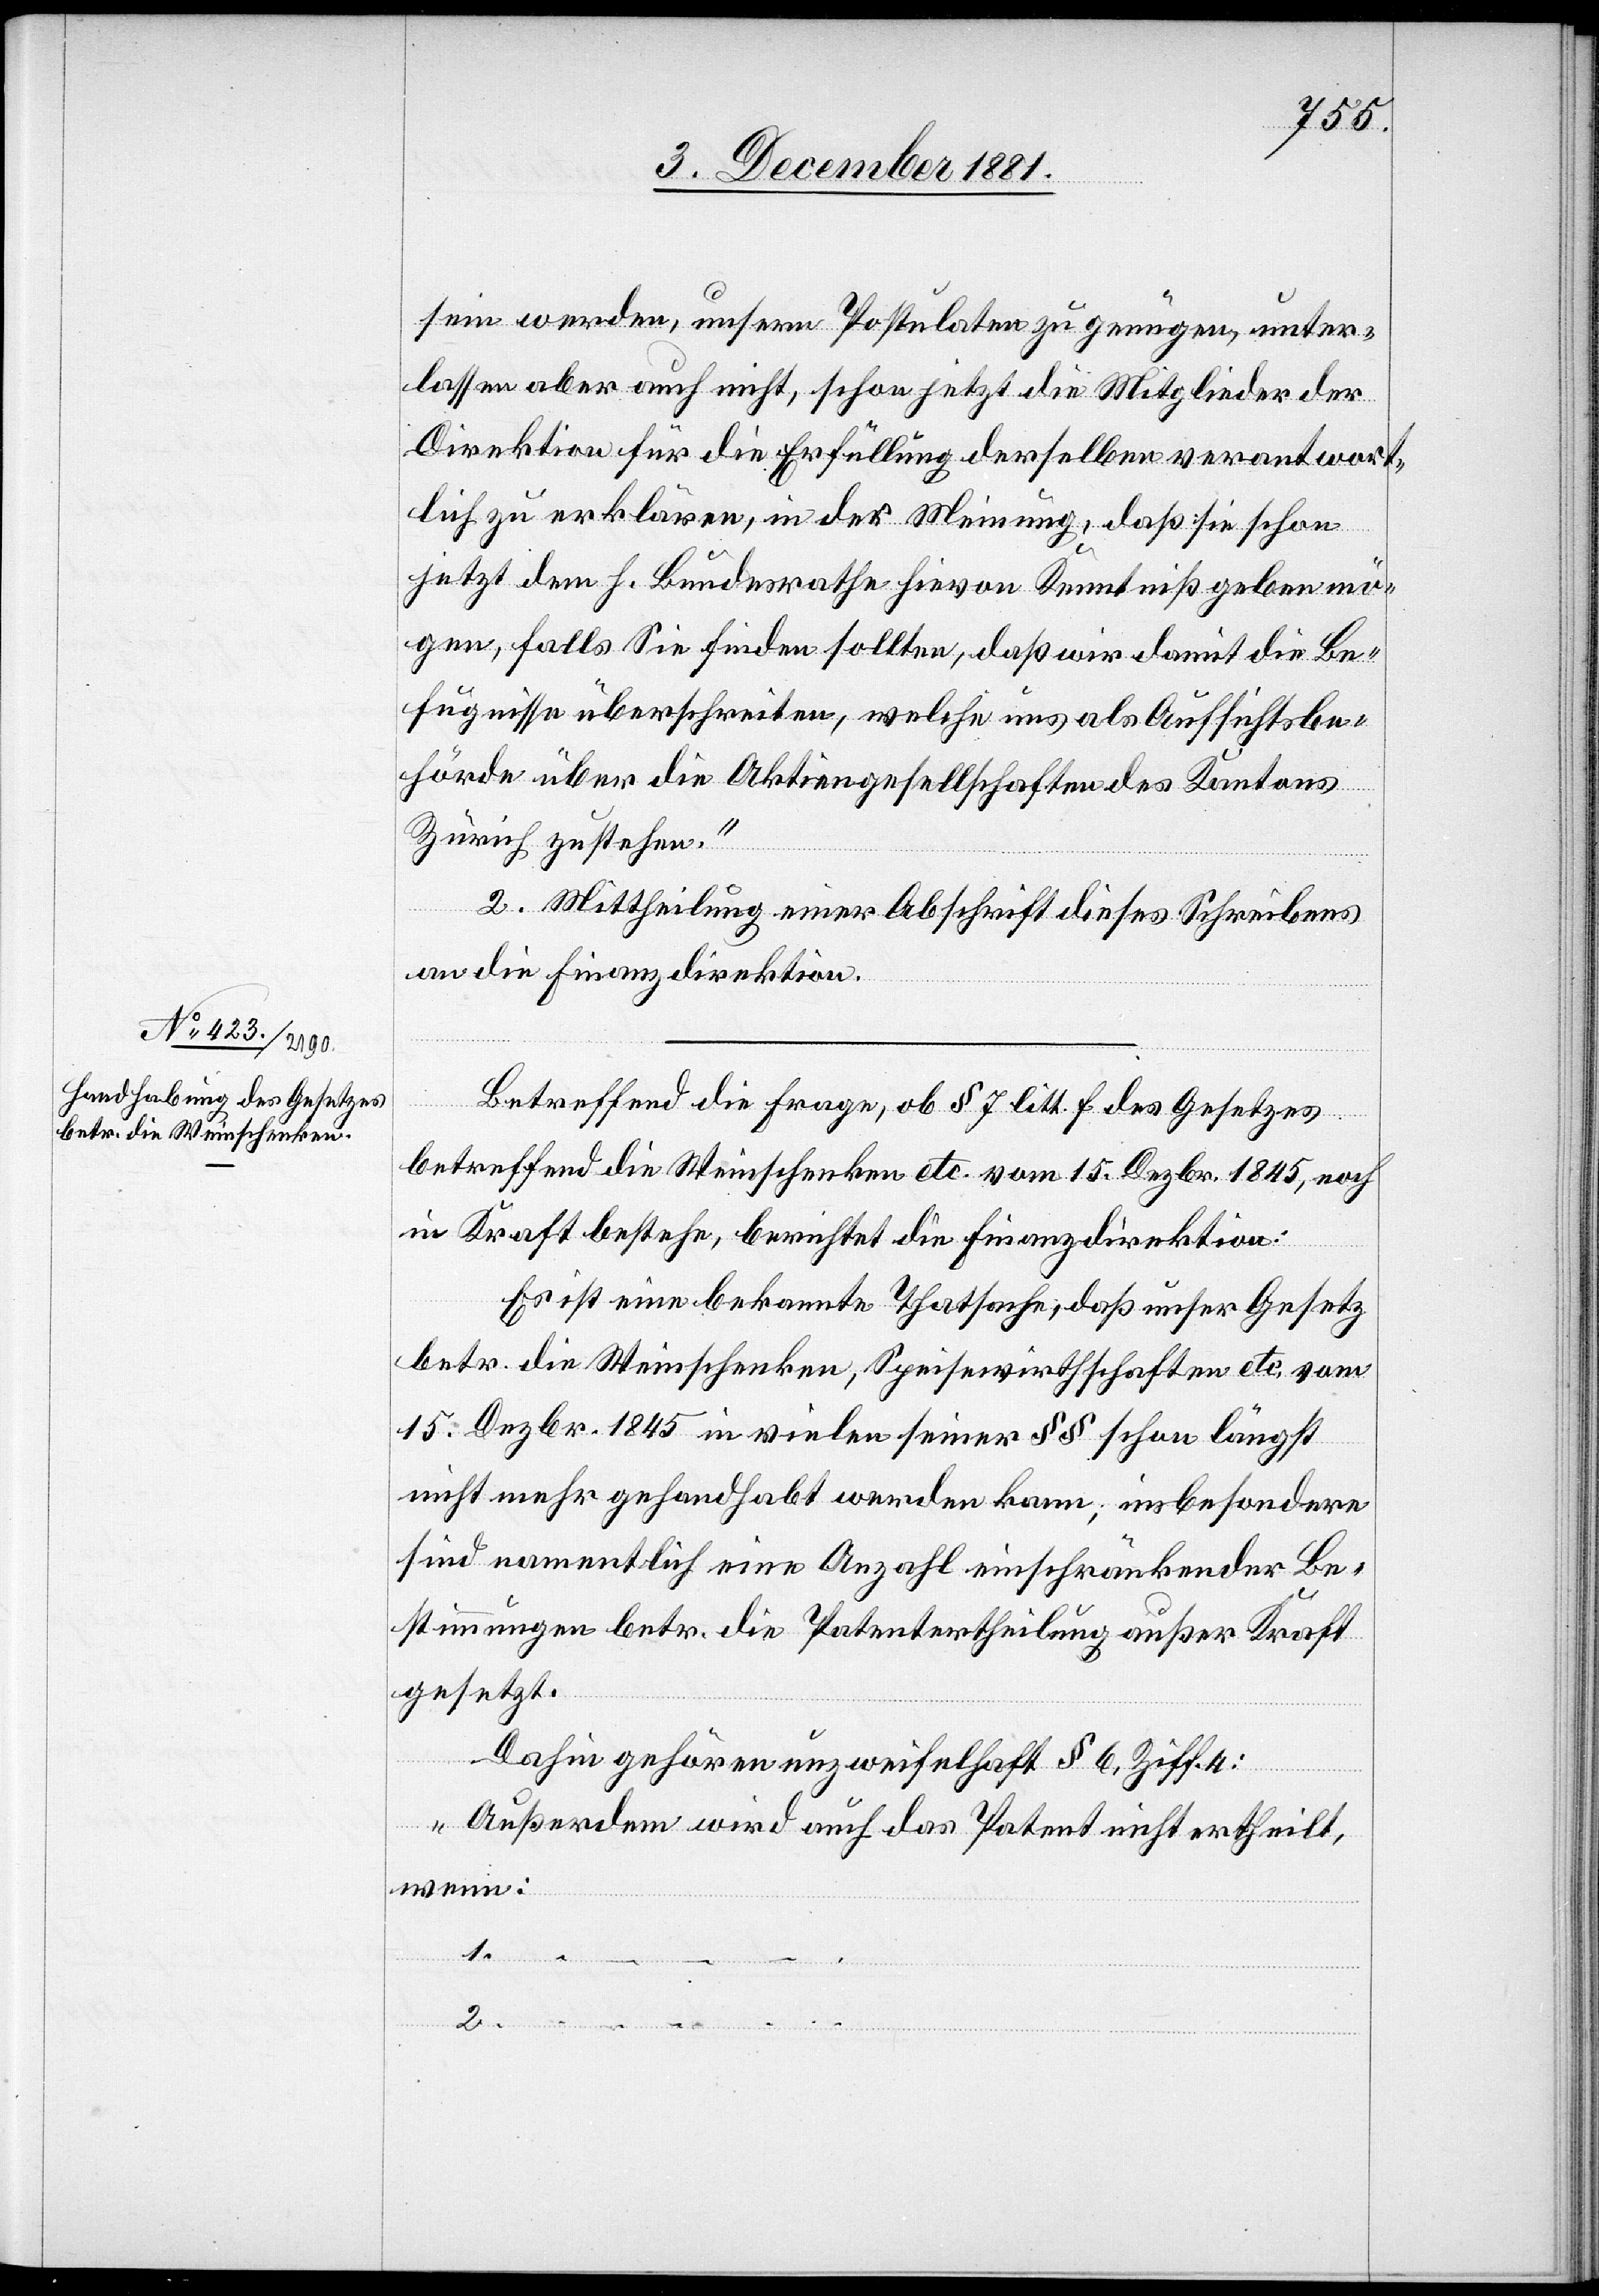
sein werden, unsern Postulaten zu genügen, unter¬
lassen aber auch nicht, schon jetzt die Mitglieder der
Direktion für die Erfüllung derselben verantwort¬
lich zu erklären, in der Meinung, daß sie schon
jetzt dem h. Bundesrathe hievon Kenntniß geben mö¬
gen, falls Sie finden sollten, daß wir damit die Be¬
fugnisse überschreiten, welche uns als Aufsichtsbe¬
hörde über die Aktiengesellschaften des Kantons
Zürich zustehen.“
2. Mittheilung einer Abschrift dieses Schreibens
an die Finanzdirektion.